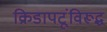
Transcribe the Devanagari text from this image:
क्रिडापटूंविरूद्ध